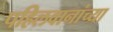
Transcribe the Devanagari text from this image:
पहिलवानांच्या